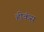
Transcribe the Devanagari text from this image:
हीकंस